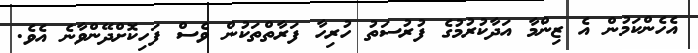
އެހެންކަމުން އެ ޒިންމާ އަދާކުރުމުގެ ފުރުސަތު ހުރިހާ ފަރާތްތަކުން ވެސް ފަހިކޮށްދޭންވާނެ އެވެ.